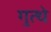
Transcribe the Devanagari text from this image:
गुत्थे